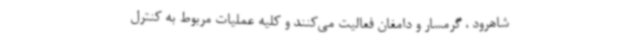
شاهرود ، گرمسار و دامغان فعالیت می‌کنند و کلیه عملیات مربوط به کنترل